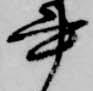
書